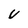
Character: U